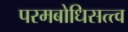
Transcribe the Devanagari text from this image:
परमबोधिसत्त्व